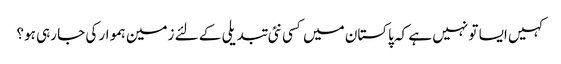
کہیں ایسا تو نہیں ہے کہ پاکستان میں کسی نئی تبدیلی کے لئے زمین ہموار کی جا رہی ہو؟